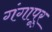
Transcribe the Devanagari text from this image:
गंगापूर्